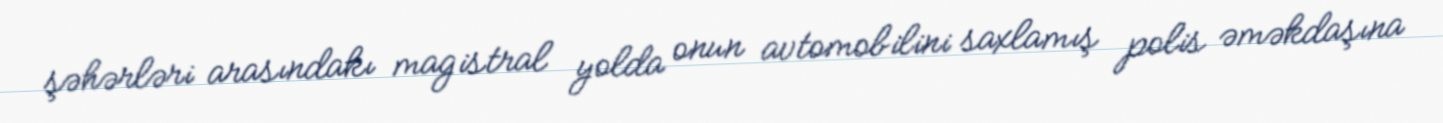
şəhərləri arasındakı magistral yolda onun avtomobilini saxlamış polis əməkdaşına